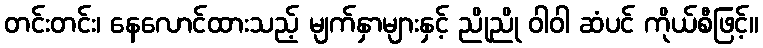
တင်းတင်း၊ နေလောင်ထားသည့် မျက်နှာများနှင့် ညိုညို ဝါဝါ ဆံပင် ကိုယ်စီဖြင့်။